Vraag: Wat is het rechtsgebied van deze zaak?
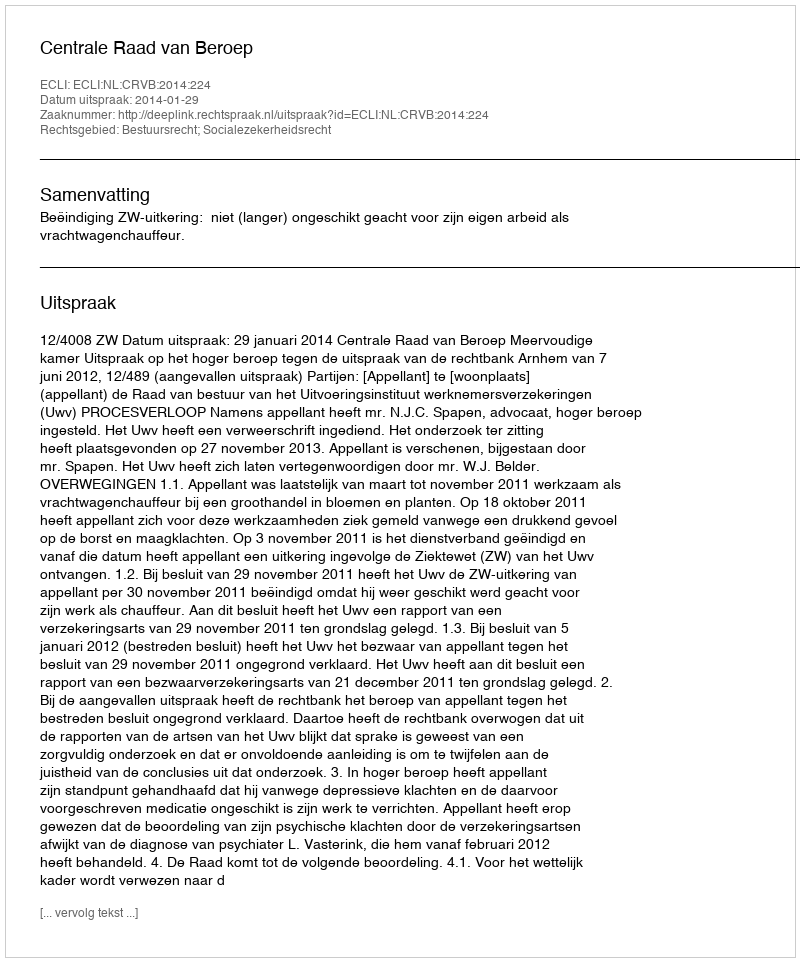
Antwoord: Bestuursrecht; Socialezekerheidsrecht